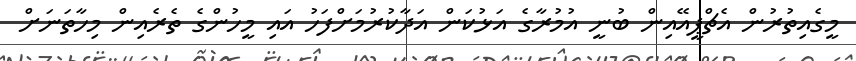
މީގެއިތުރުން އެޗްޕީއޭއިން ބުނީ އުމުރާގެ އަޅުކަން އަދާކުރުމަށްފަހު އައި މީހުންގެ ތެރެއިން މިހާތަނަށް